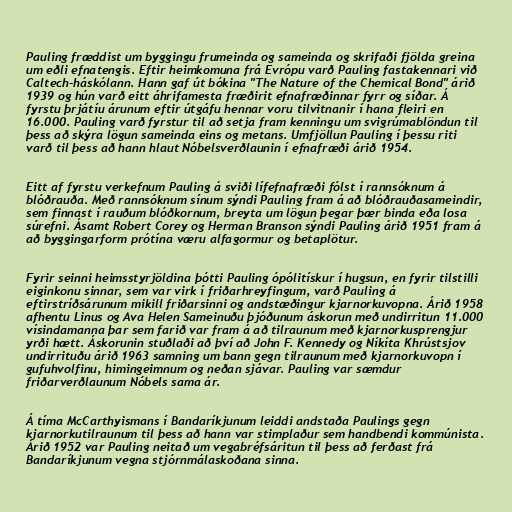
Pauling fræddist um byggingu frumeinda og sameinda og skrifaði fjölda greina
um eðli efnatengis. Eftir heimkomuna frá Evrópu varð Pauling fastakennari við
Caltech-háskólann. Hann gaf út bókina "The Nature of the Chemical Bond" árið
1939 og hún varð eitt áhrifamesta fræðirit efnafræðinnar fyrr og síðar. Á
fyrstu þrjátíu árunum eftir útgáfu hennar voru tilvitnanir í hana fleiri en
16.000. Pauling varð fyrstur til að setja fram kenningu um svigrúmablöndun til
þess að skýra lögun sameinda eins og metans. Umfjöllun Pauling í þessu riti
varð til þess að hann hlaut Nóbelsverðlaunin í efnafræði árið 1954.

Eitt af fyrstu verkefnum Pauling á sviði lífefnafræði fólst í rannsóknum á
blóðrauða. Með rannsóknum sínum sýndi Pauling fram á að blóðrauðasameindir,
sem finnast í rauðum blóðkornum, breyta um lögun þegar þær binda eða losa
súrefni. Ásamt Robert Corey og Herman Branson sýndi Pauling árið 1951 fram á
að byggingarform prótína væru alfagormur og betaplötur.

Fyrir seinni heimsstyrjöldina þótti Pauling ópólitískur í hugsun, en fyrir tilstilli
eiginkonu sinnar, sem var virk í friðarhreyfingum, varð Pauling á
eftirstríðsárunum mikill friðarsinni og andstæðingur kjarnorkuvopna. Árið 1958
afhentu Linus og Ava Helen Sameinuðu þjóðunum áskorun með undirritun 11.000
vísindamanna þar sem farið var fram á að tilraunum með kjarnorkusprengjur
yrði hætt. Áskorunin stuðlaði að því að John F. Kennedy og Níkíta Khrústsjov
undirrituðu árið 1963 samning um bann gegn tilraunum með kjarnorkuvopn í
gufuhvolfinu, himingeimnum og neðan sjávar. Pauling var sæmdur
friðarverðlaunum Nóbels sama ár.

Á tíma McCarthyismans í Bandaríkjunum leiddi andstaða Paulings gegn
kjarnorkutilraunum til þess að hann var stimplaður sem handbendi kommúnista.
Árið 1952 var Pauling neitað um vegabréfsáritun til þess að ferðast frá
Bandaríkjunum vegna stjórnmálaskoðana sinna.